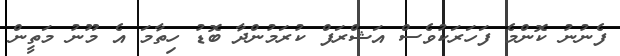
ފެނުނު ކޮންމެ ފަހަރަކުވެސް އަޝްރަފް ކުރަމުންދާ ބޮޑު ހިތާމަ އެ މޫނު މަތީން